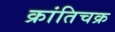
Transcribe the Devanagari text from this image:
क्रांतिचक्र